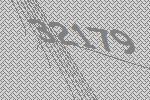
32179